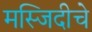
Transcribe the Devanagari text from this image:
मस्जिदीचे